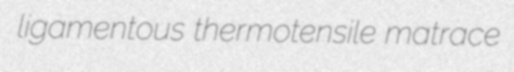
ligamentous thermotensile matrace